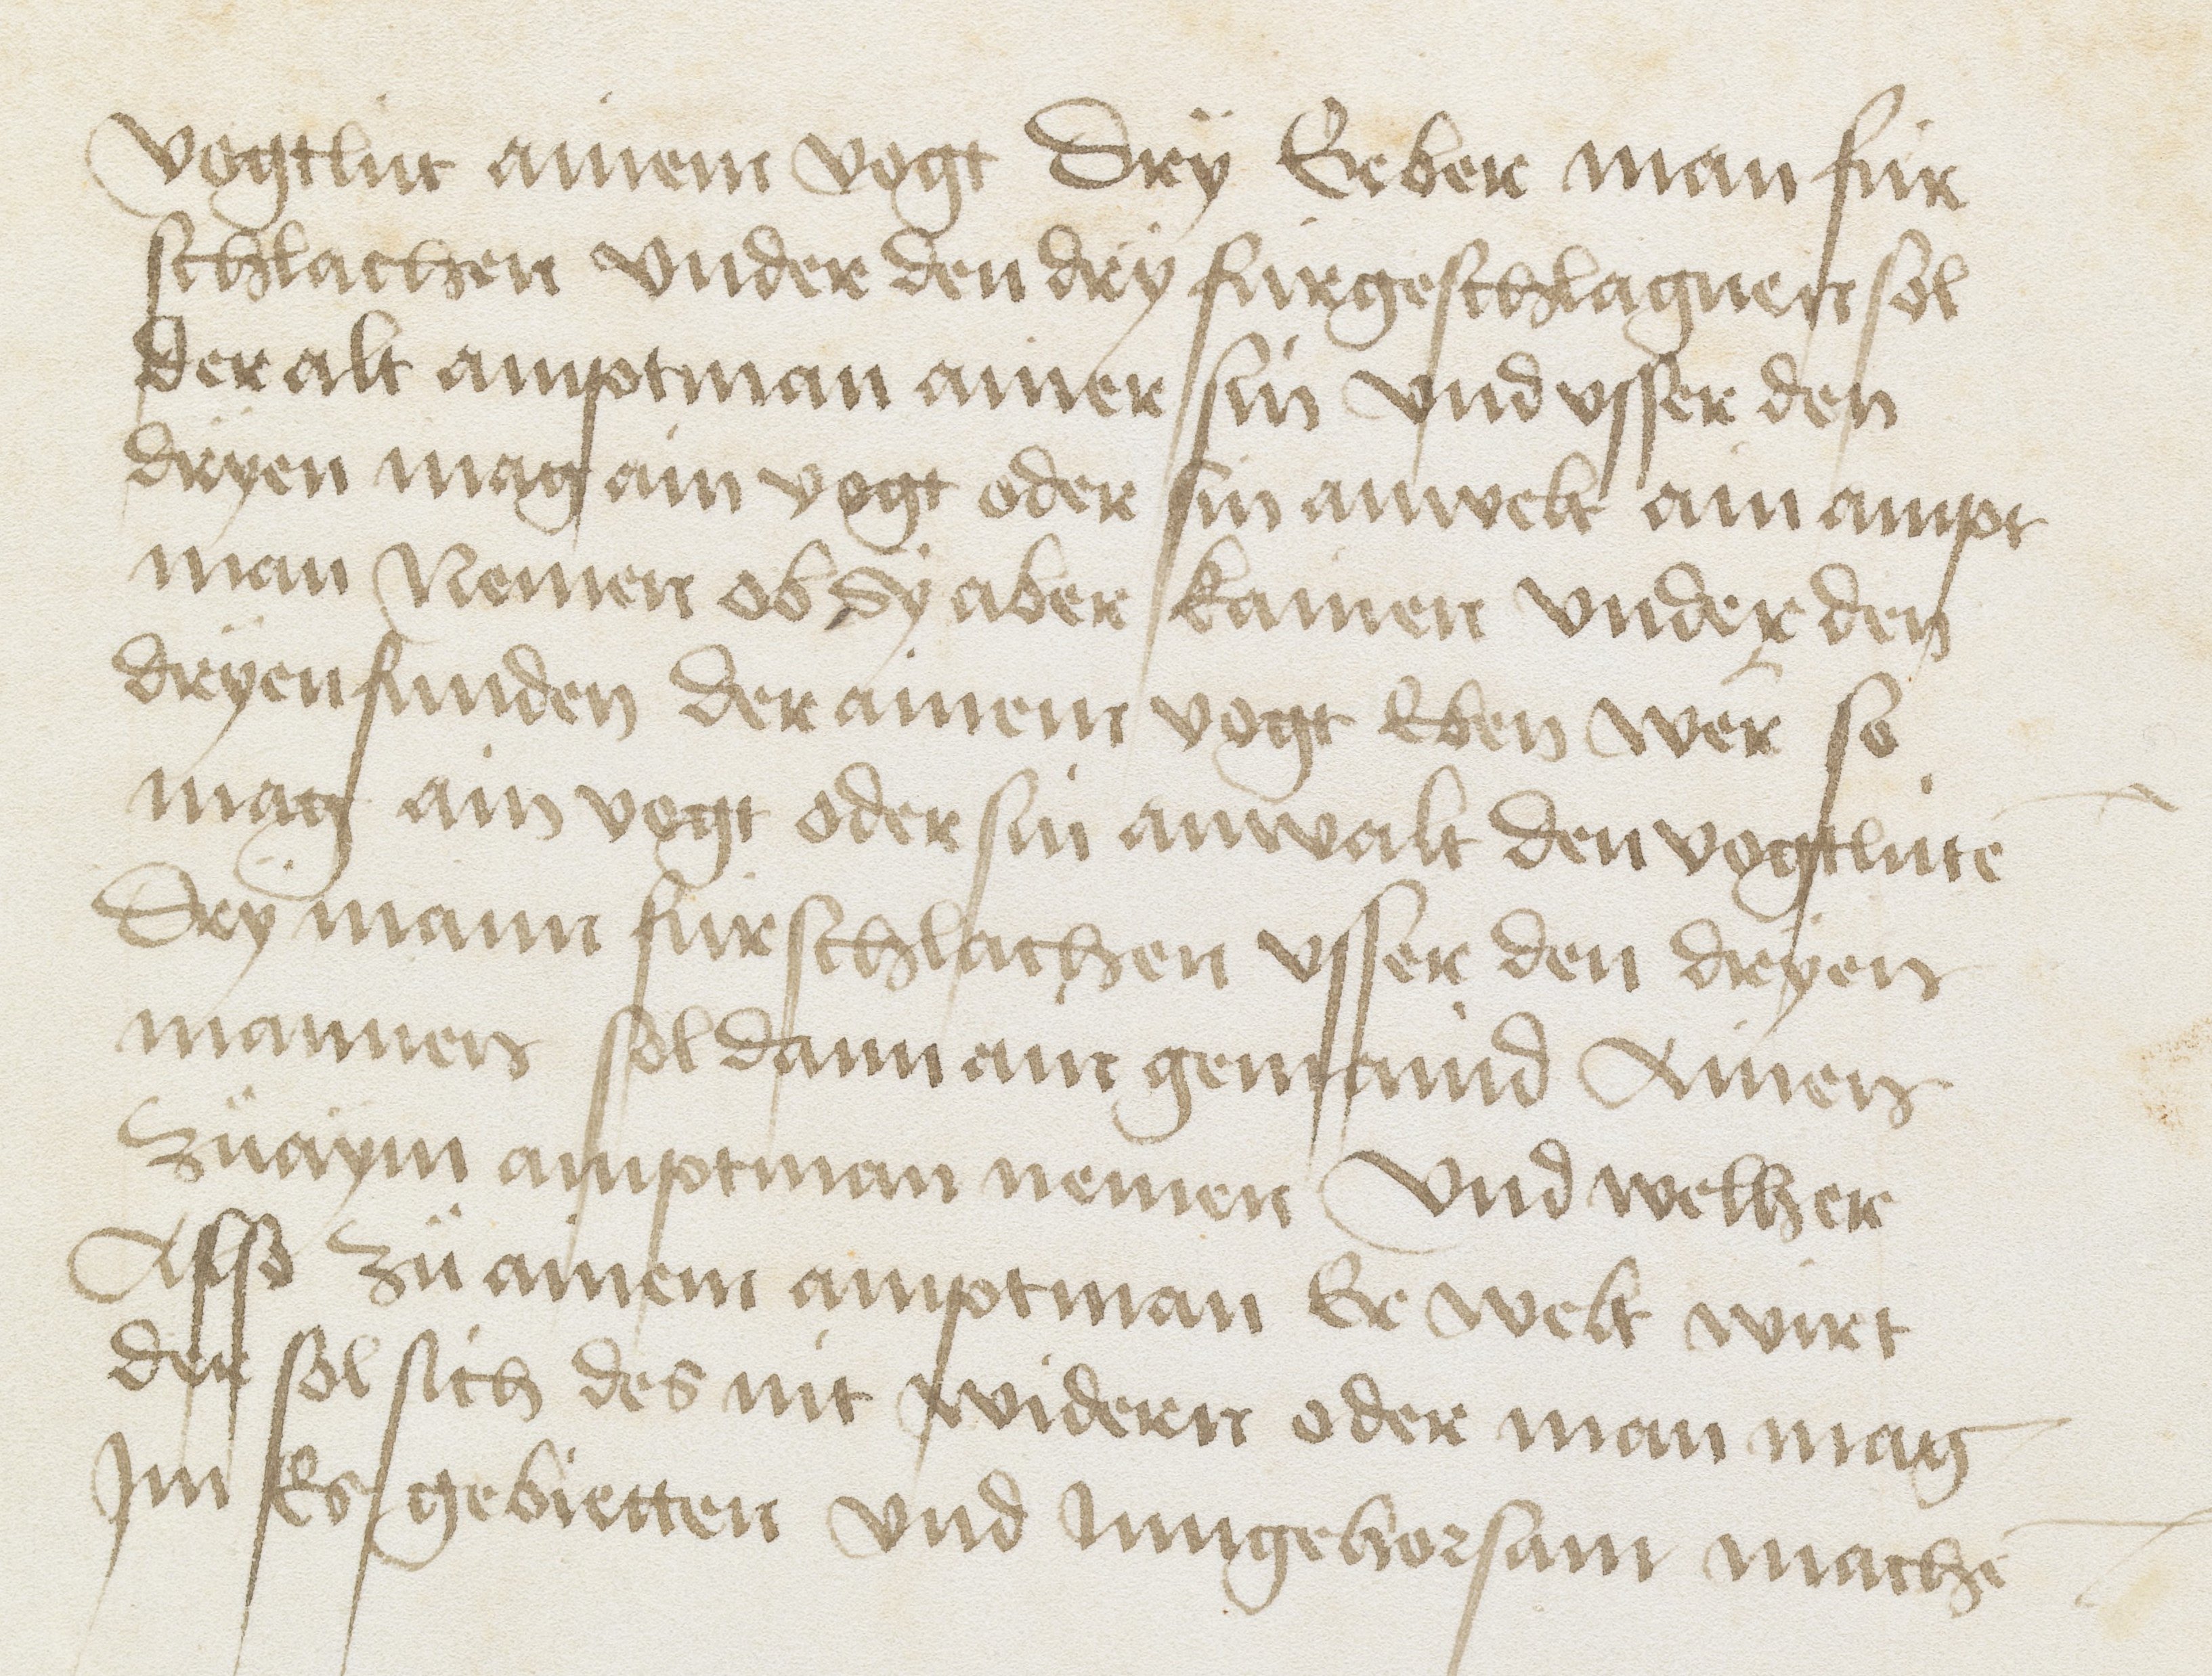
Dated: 1469–1469